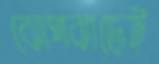
ঝোপঝাড়েই